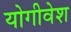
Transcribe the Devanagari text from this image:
योगीवेश